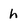
Character: h